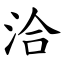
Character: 洽